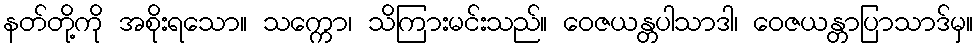
နတ်တို့ကို အစိုးရသော။ သက္ကော၊ သိကြားမင်းသည်။ ဝေဇယန္တပါသာဒါ၊ ဝေဇယန္တာပြာသာဒ်မှ။